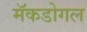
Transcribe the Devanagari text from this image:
मॅकडोगल